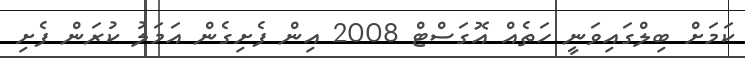
ކަމަށް ބިލްގައިވަނީ ހަތެއް އޮގަސްޓް 2008 އިން ފެށިގެން އަމަލު ކުރަން ފެށި